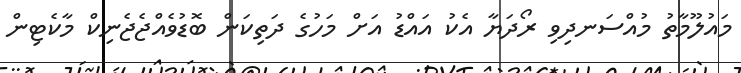
މައުލޫމާތު މުއްސަނދިވި ރޯދަޔާ އެކު އައްޑު އަށް މަހުގެ ދަތިކަން ބޮޑުވެއްޖެޖެނިކް މާކެޓިން